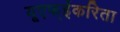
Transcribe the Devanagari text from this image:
यूएफ्ईकरिता